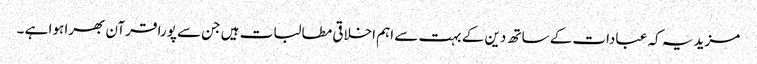
مزید یہ کہ عبادات کے ساتھ دین کے بہت سے اہم اخلاقی مطالبات ہیں جن سے پورا قرآن بھرا ہوا ہے ۔